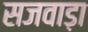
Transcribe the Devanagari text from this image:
सजवाड़ा